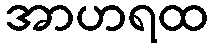
အာဟရထ